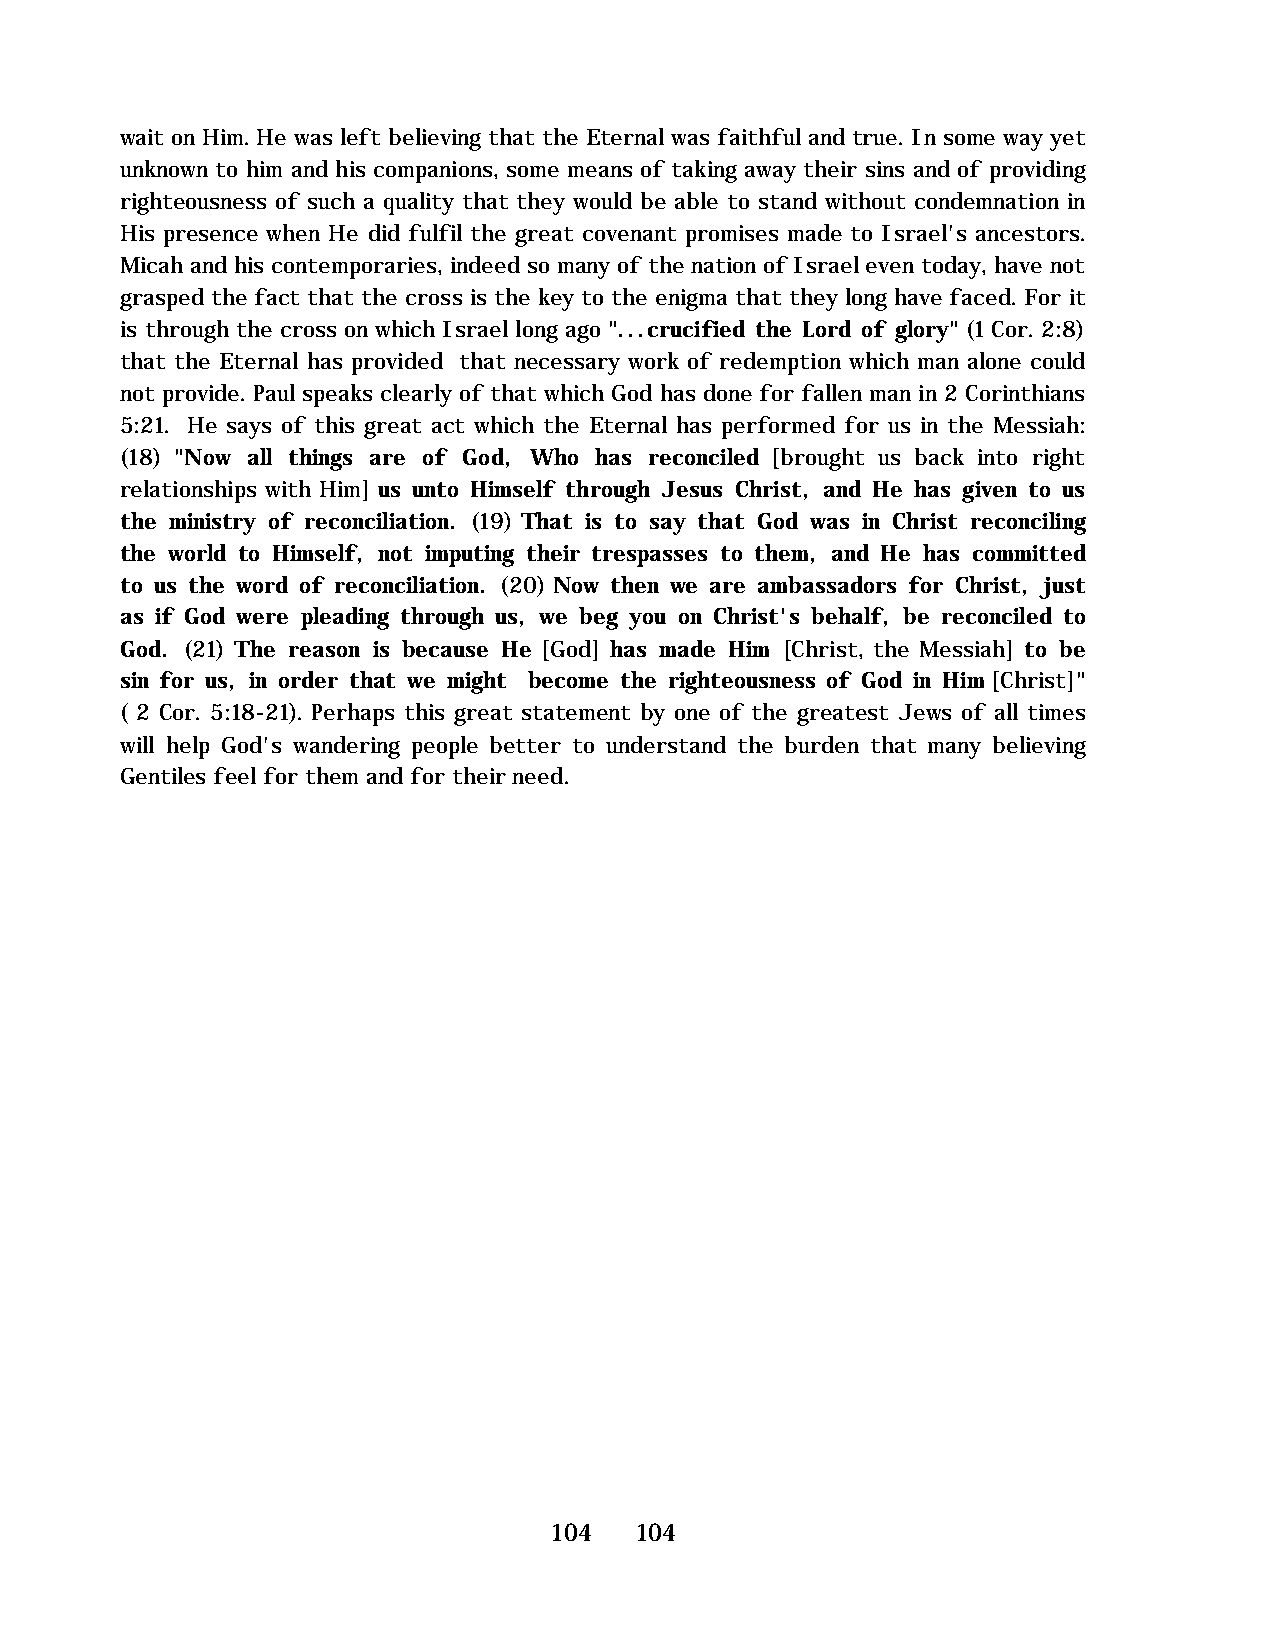
wait on Him. He was left believing that the Eternal was faithful and true. In some way yet
 unknown to him and his companions, some means of taking away their sins and of providing
 righteousness of such a quality that they would be able to stand without condemnation in
 His presence when He did fulfil the great covenant promises made to Israel's ancestors.
 Micah and his contemporaries, indeed so many of the nation of Israel even today, have not
 grasped the fact that the cross is the key to the enigma that they long have faced. For it
 is through the cross on which Israel long ago "...crucified the Lord of glory" (1 Cor. 2:8)
 that the Eternal has provided that necessary work of redemption which man alone could
 not provide. Paul speaks clearly of that which God has done for fallen man in 2 Corinthians
 5:21. He says of this great act which the Eternal has performed for us in the Messiah:
 (18) "Now all things are of God, Who has reconciled [brought us back into right
 relationships with Him] us unto Himself through Jesus Christ, and He has given to us
 the ministry of reconciliation. (19) That is to say that God was in Christ reconciling
 the world to Himself, not imputing their trespasses to them, and He has committed
 to us the word of reconciliation. (20) Now then we are ambassadors for Christ, just
 as if God were pleading through us, we beg you on Christ's behalf, be reconciled to
 God. (21) The reason is because He [God] has made Him [Christ, the Messiah] to be
 sin for us, in order that we might become the righteousness of God in Him [Christ]"
 ( 2 Cor. 5:18-21). Perhaps this great statement by one of the greatest Jews of all times
 will help God's wandering people better to understand the burden that many believing
 Gentiles feel for them and for their need.
 104   104